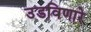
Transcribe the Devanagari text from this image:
उडविणारे